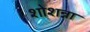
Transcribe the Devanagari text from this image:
शोशन्ना